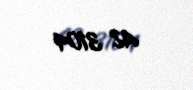
AZ 3104